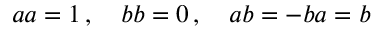
\textstyle a a = 1 \, , \quad b b = 0 \, , \quad a b = - b a = b